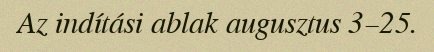
Az indítási ablak augusztus 3–25.